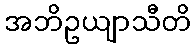
အဘိဥယျာသီတိ